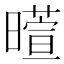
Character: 𬁙